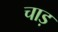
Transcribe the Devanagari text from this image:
चाड़